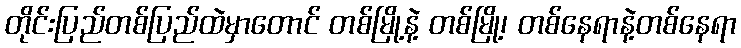
တိုင်းပြည်တစ်ပြည်ထဲမှာတောင် တစ်မြို့နဲ့ တစ်မြို့၊ တစ်နေရာနဲ့တစ်နေရာ